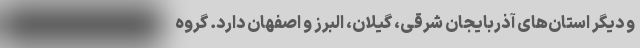
و دیگر استان‌های آذربایجان شرقی، گیلان، البرز و اصفهان دارد. گروه